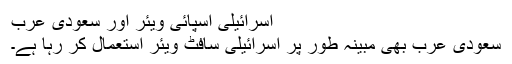
اسرائیلی اسپائی ویئر اور سعودی عرب
سعودی عرب بھی مبینہ طور پر اسرائیلی سافٹ ویئر استعمال کر رہا ہے۔